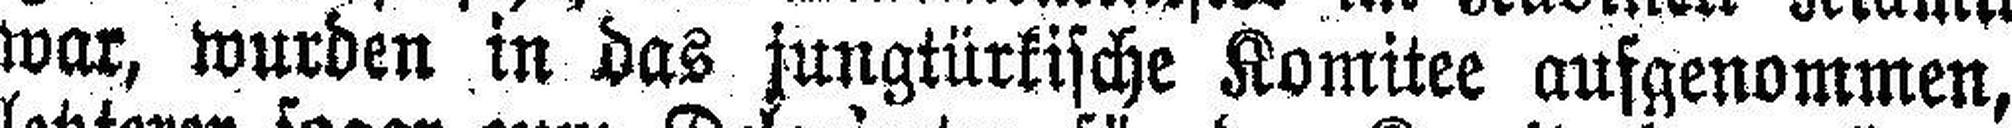
war, wurden in das jungtürkische Komitee ausgenommen,